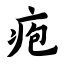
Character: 疱